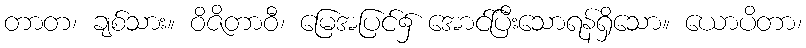
တာတ၊ ချစ်သား။ ဝိဇိတာဝီ၊ မြေအပြင်၌ အောင်ပြီးသောရန်ရှိသော။ ယောပိတာ၊